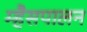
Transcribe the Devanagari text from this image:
म्हैसपालन